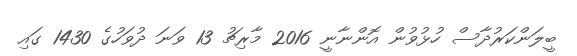
ބީލަންކަރުދާސް ހުޅުވުން އޮންނާނީ 2016 މާރިޗު 13 ވަނަ ދުވަހުގެ 1430 ގައި